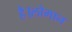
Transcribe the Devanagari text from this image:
है।लोगान